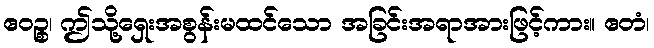
ဧဝဉ္စ၊ ဤသို့ရှေးအစွန်းမထင်သော အခြင်းအရာအားဖြင့်ကား။ ဧတံ၊